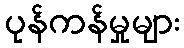
ပုန်ကန်မှုများ